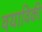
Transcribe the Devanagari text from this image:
वयाविकी